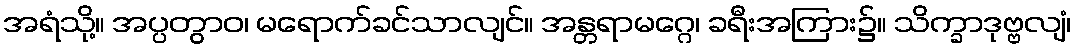
အရံသို့။ အပ္ပတွာဝ၊ မရောက်ခင်သာလျင်။ အန္တရာမဂ္ဂေ၊ ခရီးအကြား၌။ သိက္ခာဒုဗ္ဗလျံ၊